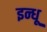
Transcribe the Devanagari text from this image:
इन्धू